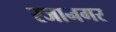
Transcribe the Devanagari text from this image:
रजानगर